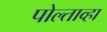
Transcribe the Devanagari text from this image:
पोल्ताव्हा